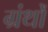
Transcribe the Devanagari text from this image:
ग्रंथोँ